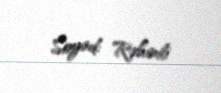
Soyad: Rəhimli